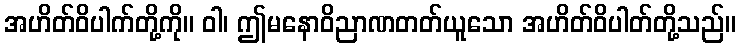
အဟိတ်ဝိပါက်တို့ကို။ ဝါ၊ ဤမနောဝိညာဏတတ်ယူသော အဟိတ်ဝိပါတ်တို့သည်။